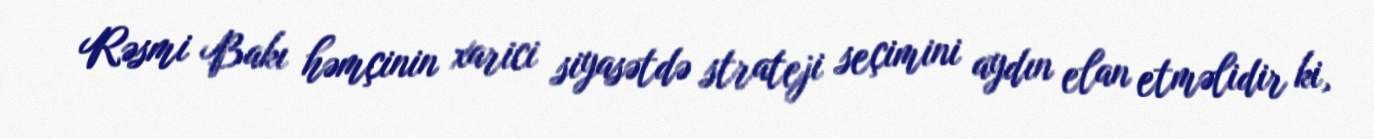
Rəsmi Bakı həmçinin xarici siyasətdə strateji seçimini aydın elan etməlidir ki,